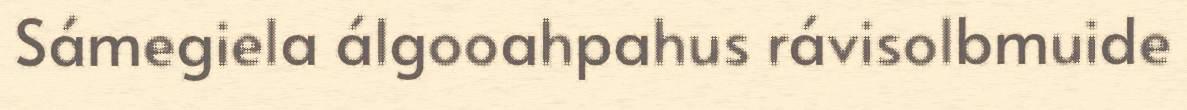
Sámegiela álgooahpahus rávisolbmuide